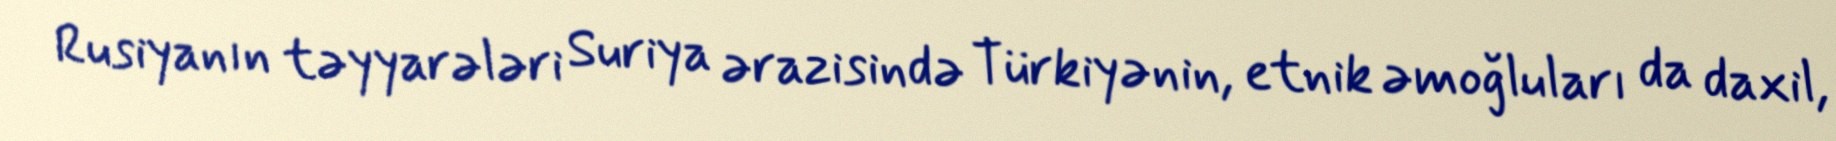
Rusiyanın təyyarələri Suriya ərazisində Türkiyənin, etnik əmoğluları da daxil,